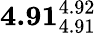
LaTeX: \mathbf{4.91}_{4.91}^{4.92}